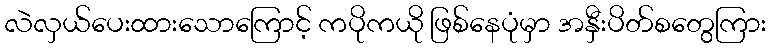
လဲလှယ်ပေးထားသောကြောင့် ကပိုကယို ဖြစ်နေပုံမှာ အနှီးပိတ်စတွေကြား